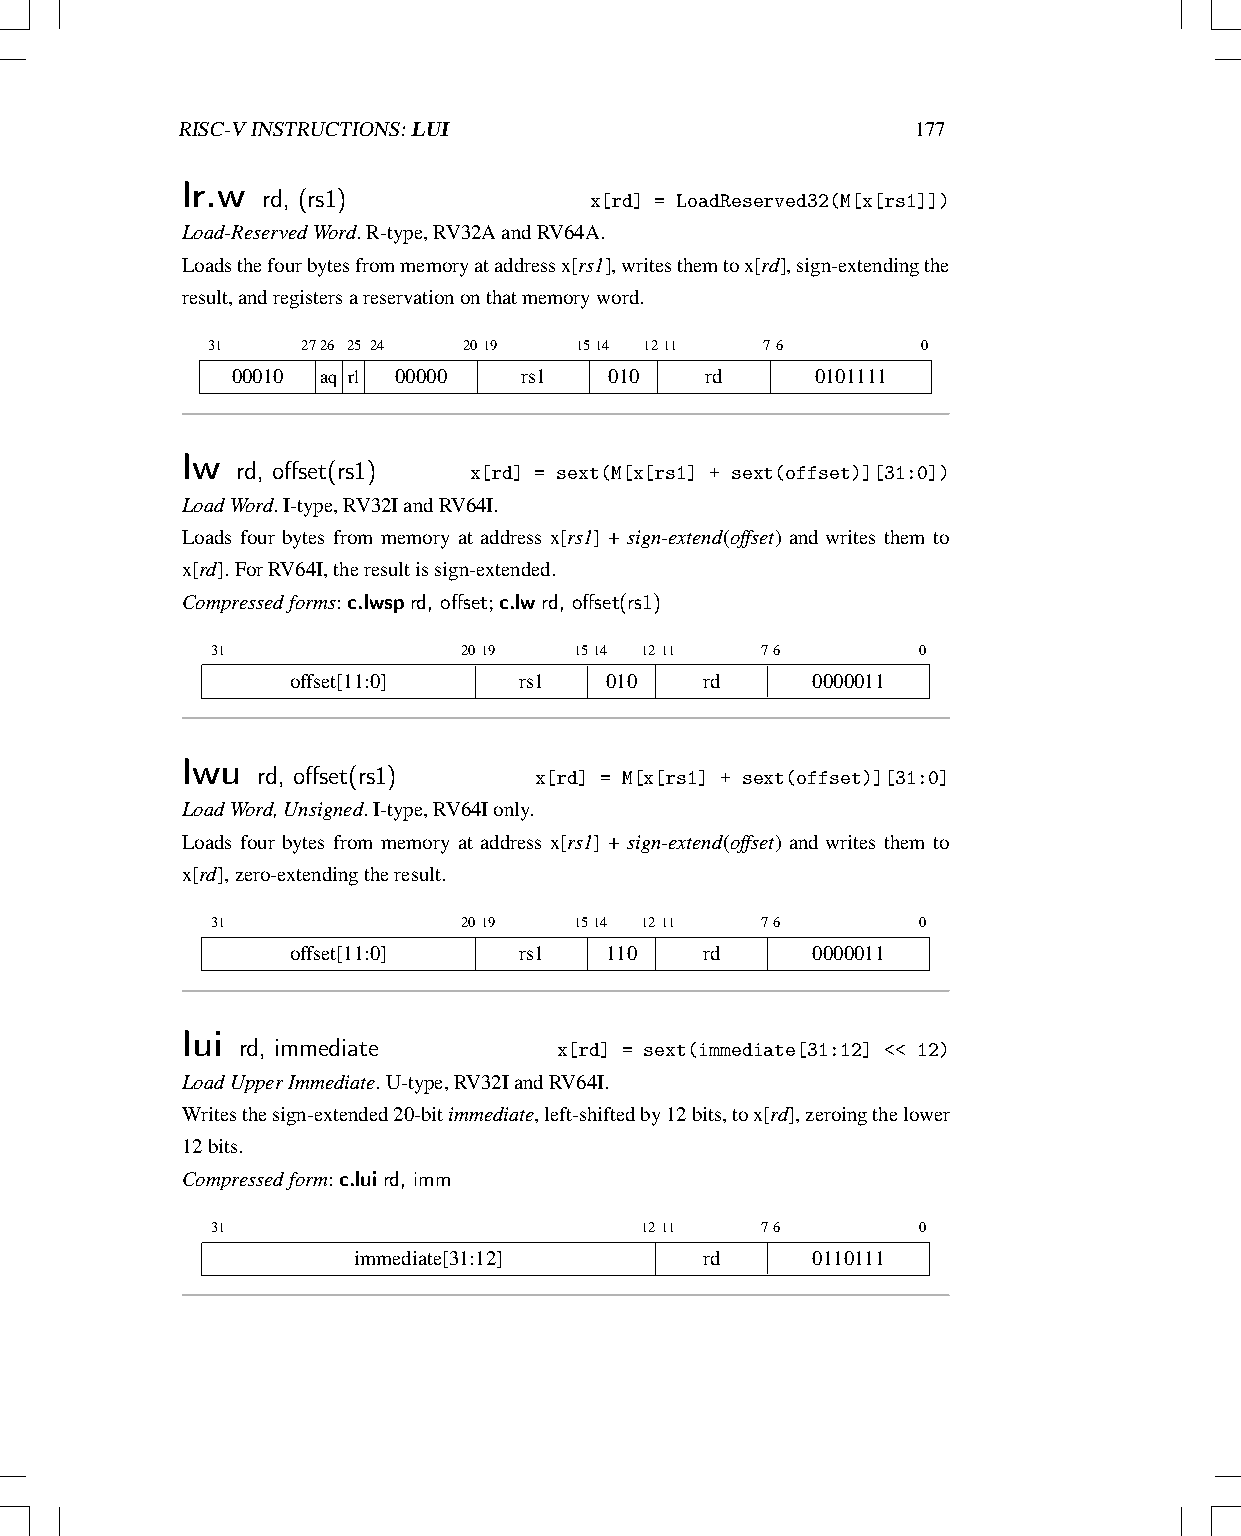
RISC-VINSTRUCTIONS:LUI                           177
 lr.w rd, (rs1)
 x[rd] = LoadReserved32(M[x[rs1]])
 Load-ReservedWord.R-type,RV32AandRV64A.
 Loadsthefourbytesfrommemoryataddressx[rs1],writesthemtox[rd],sign-extendingthe
 result,andregistersareservationonthatmemoryword.
 31    2726 25 24 2019   1514 1211   76         0
 00010 aq rl 00000  rs1   010    rd     0101111
 lw  rd, offset(rs1)
 x[rd] = sext(M[x[rs1] + sext(offset)][31:0])
 LoadWord.I-type,RV32IandRV64I.
 Loads four bytes from memory at address x[rs1] + sign-extend(offset) and writes them to
 x[rd].ForRV64I,theresultissign-extended.
 Compressedforms:c.lwsprd, offset;c.lwrd, offset(rs1)
 31               2019   1514 1211   76         0
 offset[11:0]   rs1   010    rd     0000011
 lwu  rd, offset(rs1)
 x[rd] = M[x[rs1] + sext(offset)][31:0]
 LoadWord,Unsigned.I-type,RV64Ionly.
 Loads four bytes from memory at address x[rs1] + sign-extend(offset) and writes them to
 x[rd],zero-extendingtheresult.
 31               2019   1514 1211   76         0
 offset[11:0]   rs1   110    rd     0000011
 lui rd, immediate
 x[rd] = sext(immediate[31:12] << 12)
 LoadUpperImmediate.U-type,RV32IandRV64I.
 Writesthesign-extended20-bitimmediate,left-shiftedby12bits,tox[rd],zeroingthelower
 12bits.
 Compressedform:c.luird, imm
 31                          1211    76         0
 immediate[31:12]        rd     0110111